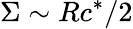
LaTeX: \Sigma\sim Rc^{*}/2